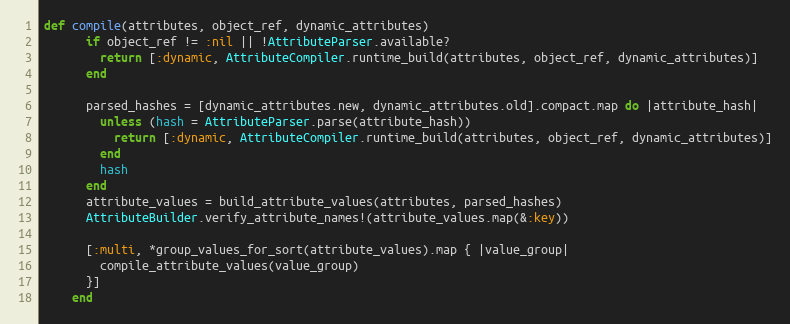
Language: Ruby
def compile(attributes, object_ref, dynamic_attributes)
      if object_ref != :nil || !AttributeParser.available?
        return [:dynamic, AttributeCompiler.runtime_build(attributes, object_ref, dynamic_attributes)]
      end

      parsed_hashes = [dynamic_attributes.new, dynamic_attributes.old].compact.map do |attribute_hash|
        unless (hash = AttributeParser.parse(attribute_hash))
          return [:dynamic, AttributeCompiler.runtime_build(attributes, object_ref, dynamic_attributes)]
        end
        hash
      end
      attribute_values = build_attribute_values(attributes, parsed_hashes)
      AttributeBuilder.verify_attribute_names!(attribute_values.map(&:key))

      [:multi, *group_values_for_sort(attribute_values).map { |value_group|
        compile_attribute_values(value_group)
      }]
    end